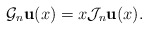
\begin{align*}\mathcal{G}_n\mathbf{u}(x)=x\mathcal{J}_n\mathbf{u}(x).\end{align*}